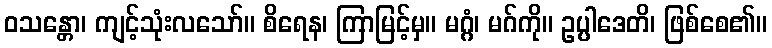
ဝသန္တော၊ ကျင့်သုံးလသော်။ စိရေန၊ ကြာမြင့်မှ။ မဂ္ဂံ၊ မဂ်ကို။ ဥပ္ပါဒေတိ၊ ဖြစ်စေ၏။